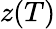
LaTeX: z(T)